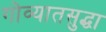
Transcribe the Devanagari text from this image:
गोव्यातसुद्धा